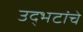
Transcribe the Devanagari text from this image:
उद्भटांचे